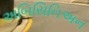
અબિસિનિઅન